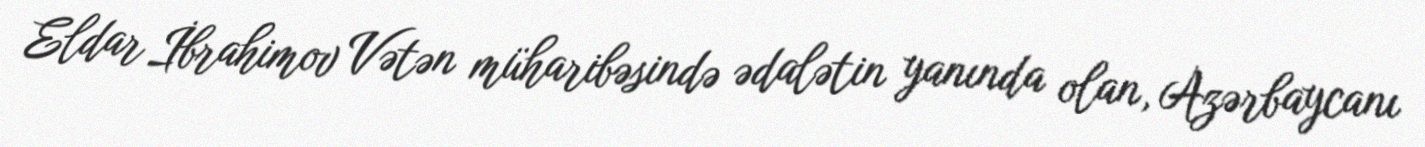
Eldar İbrahimov Vətən müharibəsində ədalətin yanında olan, Azərbaycanı